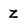
Character: z